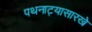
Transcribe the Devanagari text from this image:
पथनाट्यासारखे